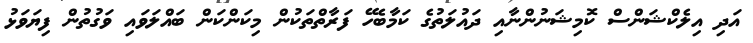
އަދި އިލެކްޝަންސް ކޮމިޝަނުންނާއި ދައުލަތުގެ ކަމާބެހޭ ފަރާތްތަކުން މިކަންކަން ބައްލަވައި ވަގުތުން ފިޔަވަޅު